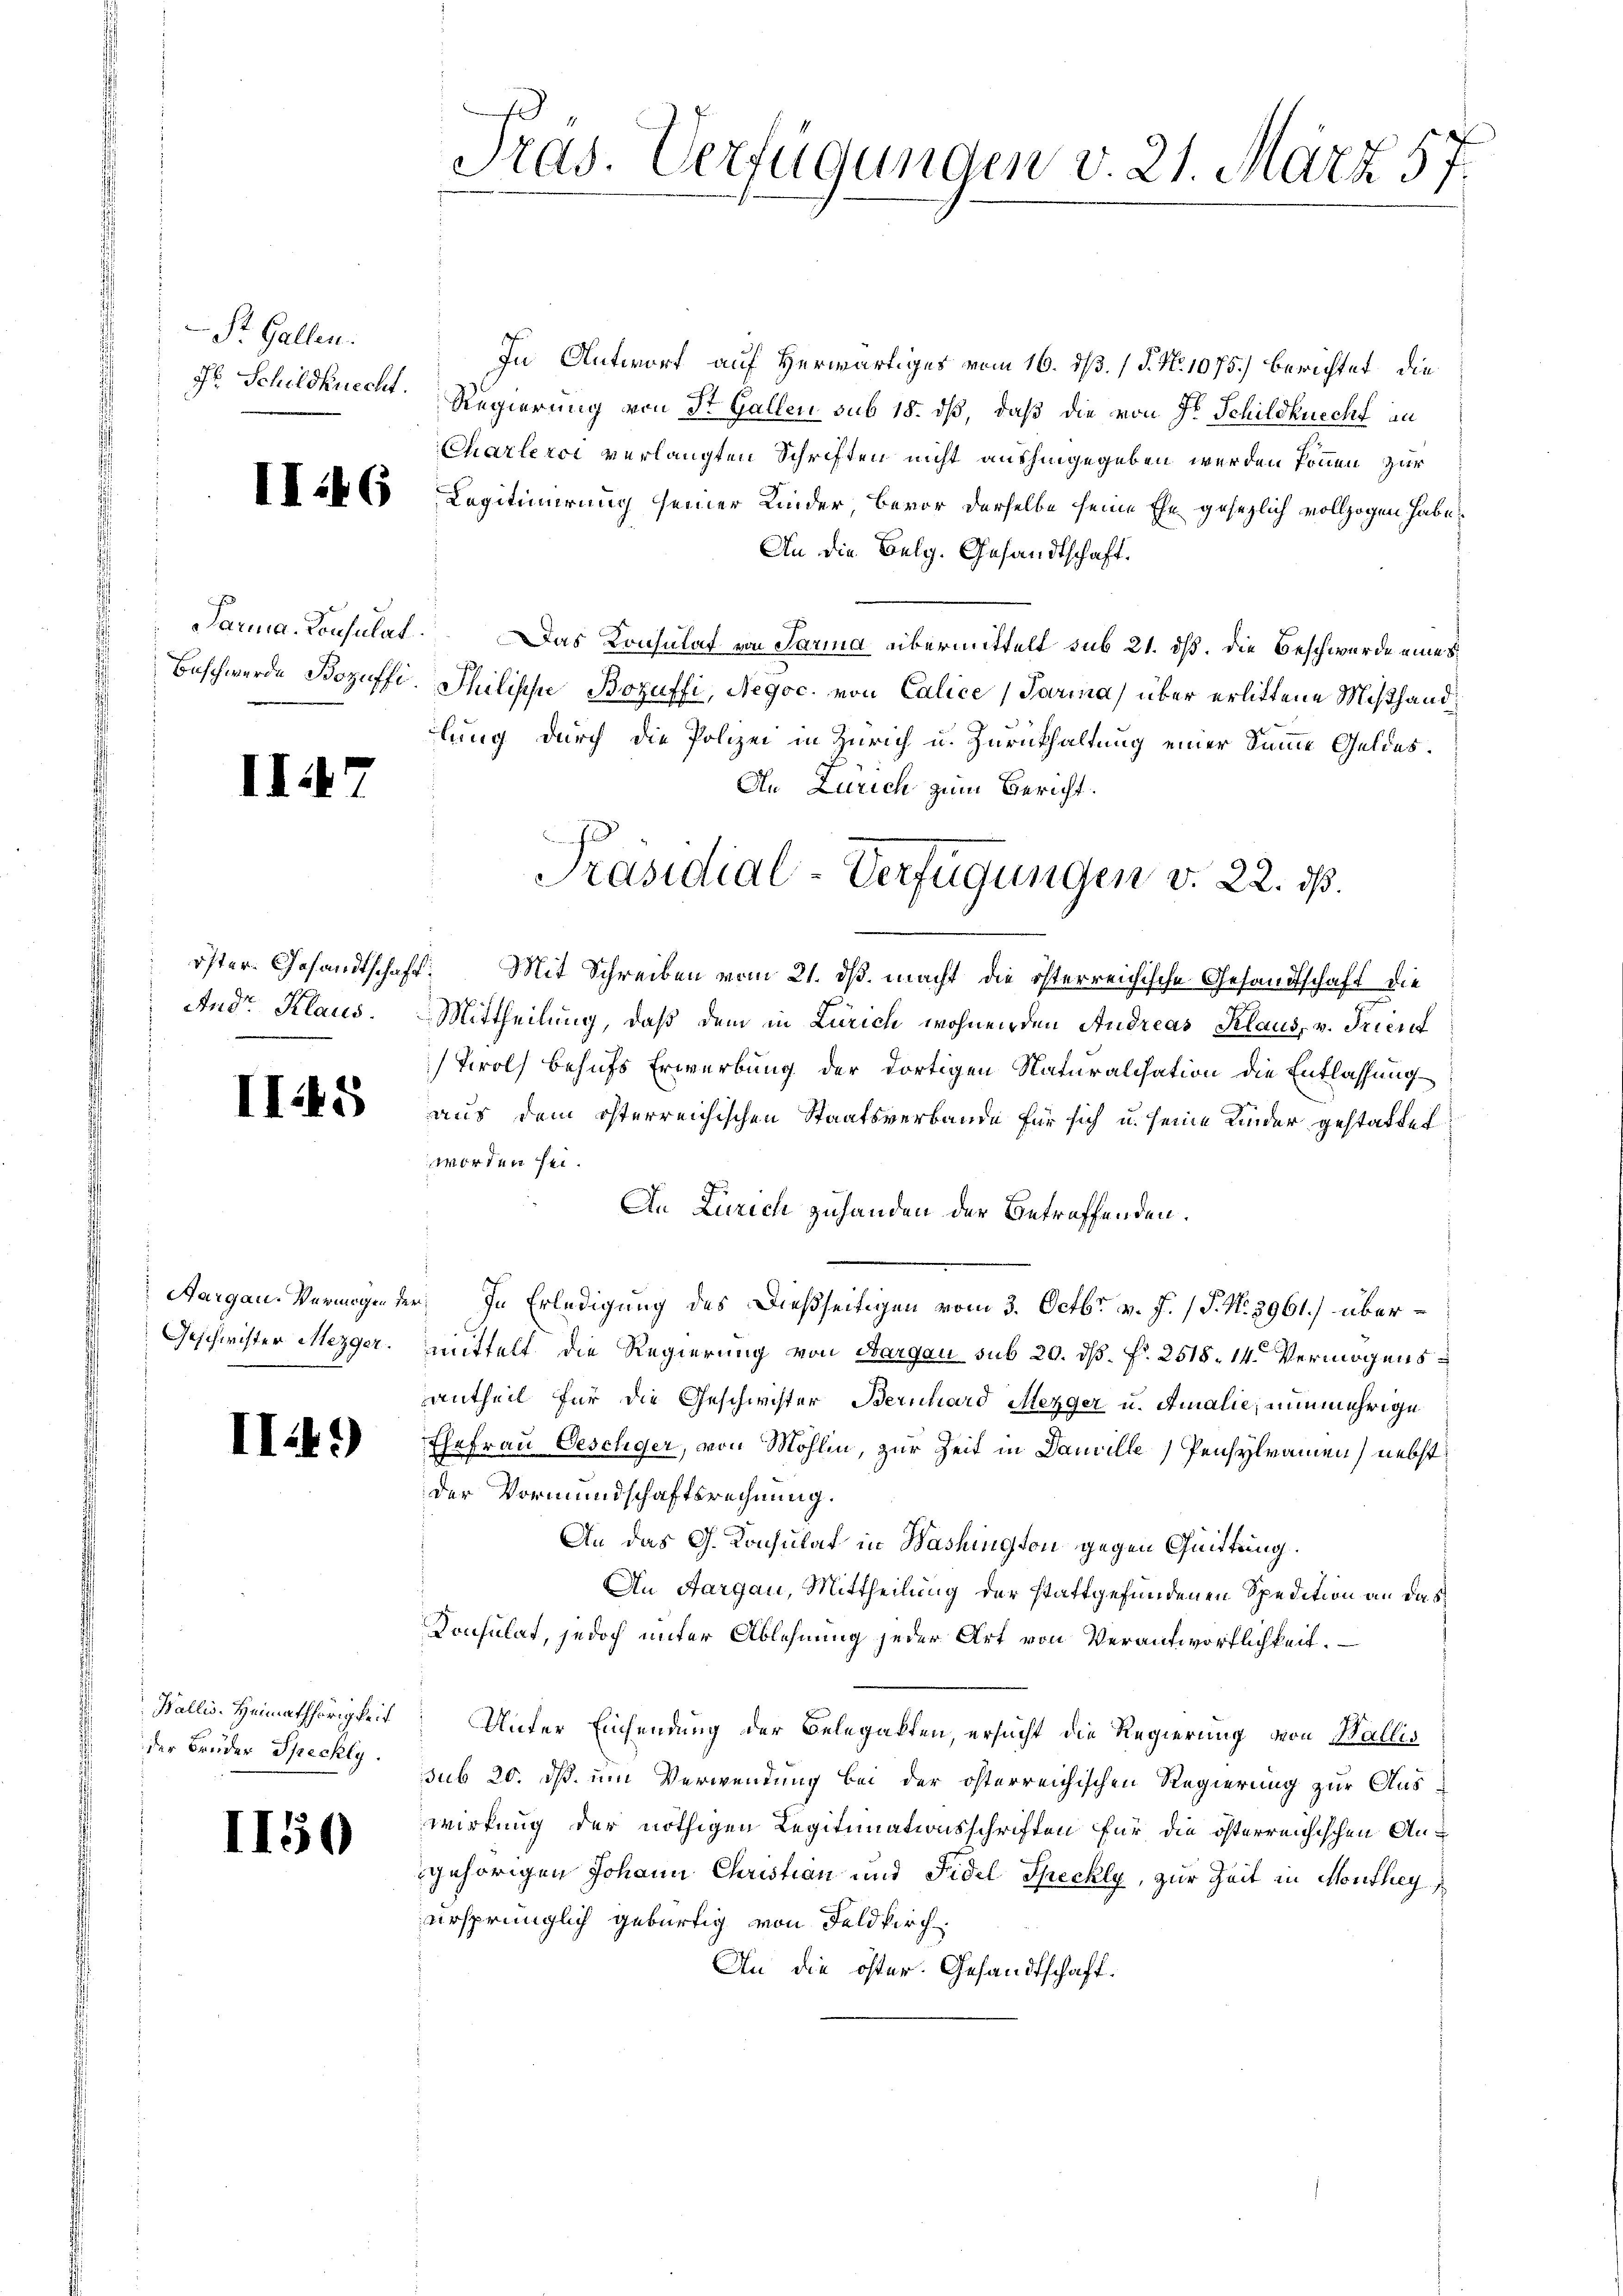
Str. Gallen.

II47

Andr. Klaus.

II45

II.49)

der Brüder Spechly.

II50

In Antwort auf Herwärtiges vom 16. d. 1 S. Nr. 1075.) berichtet, die
J. Schuldknecht. Regierung von St. Gallen sub 18. dß, daß die von Fr. Schildknecht an
Charleroi verlangten Schriften nicht aushingegeben werden können, zur
 60 Legitimierung seiner Kinder, bevor derselbe seine Ehe gesezlich vollzogen habe
An die Belg. Gesandtschaft.
Parma. Consulat. Das Konsulat von Parma übermittelt sub 21. dß. Die Beschwerde eines
Beschwerde Bozuffi. Philische Bozuffi, Negoc. von Calice (Parma) über erlittene Mißhandlung durch die Polizei in Zürich u. Zurückhaltung einer Summe Geldes.
An Zürich zum Bericht.
öster. Gesandtschaft. Mit Schreiben vom 21. ds. macht die österreichische Gesandtschaft die
Mittheilung, daß dem in Zürich wohnenden Andreas Klaus, v. Frient
Tirol behufs Erwerbung der dortigen Naturalisation die Entlassung
aus dem österreichischen Staatsverbande für sich u. seine Kinder gestattet
worden sei.
An Zürich zuhanden der betreffenden.
Aargau. Vermögen der In Erledigung des Dießseitigen vom 3. Octbr. v. J. (T. No. 2961.) über¬
Geschwister Mezger, mittelt die Regierung von Aargau sub 20. ds. f. 2518. 14. Vermögens
antheil für die Geschwister Bernhard Mezger u. Amalie, nunmehrige
Ehefrau Geschger, von Möhlin, zur Zeit in Dauville Pensylramen) nebst
der Vormundschaftsrechnung.
An das G. Konsulat in Washington gegen Quittung.
An Aargau, Mittheilung der stattgefundenen Spedition an das
Konsulat, jedoch unter Ablehnung jeder Art von Verantwortlichkeit.
Wallis. Heimathörigkeit Unter Einsendung der Belegalten, ersucht die Regierung von Wallis
sub 20. ds. um Verwendung bei der österreichischen Regierung zur Auswirkung der nöthigen Legitimationsschriften für die österreichischen Angehörigen Johann Christian und Fidel Speckly, zur Zeit in Monthey
ursprünglich gebürtig von Feldkirch
An die öster. Gesandtschaft.

Pras. Verfügungen v. 21. März 57.

Präsidial-Verfügungen v. 22. ds.